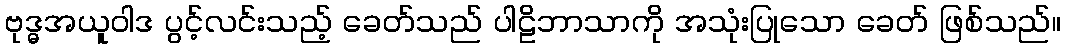
ဗုဒ္ဓအယူဝါဒ ပွင့်လင်းသည့် ခေတ်သည် ပါဠိဘာသာကို အသုံးပြုသော ခေတ် ဖြစ်သည်။